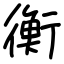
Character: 衡